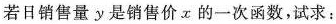
若日销售量y是销售价α的一次函数，试求：